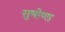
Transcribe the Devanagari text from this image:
सुषोणा